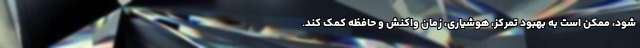
شود، ممکن است به بهبود تمرکز، هوشیاری، زمان واکنش و حافظه کمک کند.